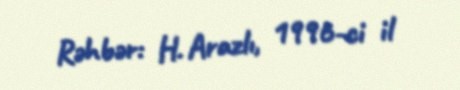
Rəhbər: H. Arazlı, 1996-ci il